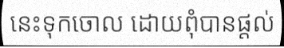
នេះទុកចោល ដោយពុំបានផ្តល់